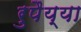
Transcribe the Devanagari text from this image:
रुपैय्या